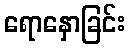
ရောနှောခြင်း